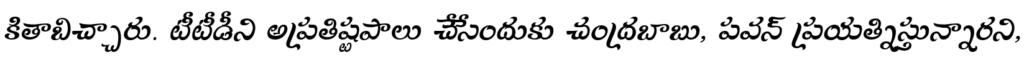
కితాబిచ్చారు. టీటీడీని అప్రతిష్టపాలు చేసేందుకు చంద్రబాబు, పవన్ ప్రయత్నిస్తున్నారని,